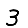
Digit: 3